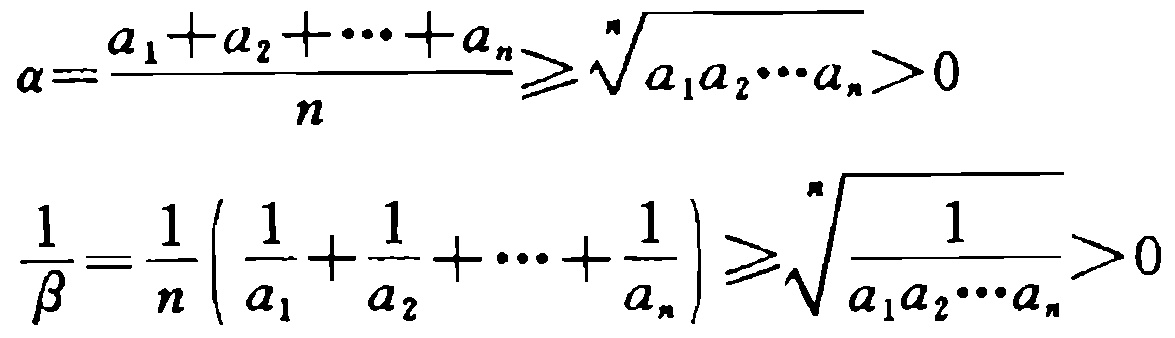
\[

\alpha=\frac{a_{1}+a_{2}+\cdots +a_{n}}{n}\geqslant\sqrt[n]{a_{1}a_{2}\cdots a_{n}}>0

\]

\[

\frac{1}{\beta}=\frac{1}{n}\left(\frac{1}{a_{1}}+\frac{1}{a_{2}}+\cdots+\frac{1}{a_{n}}\right)\geqslant\sqrt[n]{\frac{1}{a_{1}a_{2}\cdots a_{n}}}>0

\]